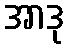
အာဒု